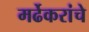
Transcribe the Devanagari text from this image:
मर्ढेकरांचे